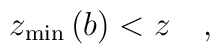
z_{\min }\left( b\right) <z\quad ,